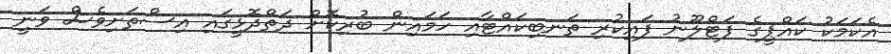
އެކަމަކު ކައްޕީގެ ފަޓްލޫނު ފައިކުރި ތަނބިކައްޓާއި ހަމައިން ބުރިކޮށް ދަތްދޮޅީގައި އިސްތަށިވެސް ވަނީ